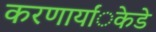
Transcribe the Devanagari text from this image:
करणार्यांेकडेे